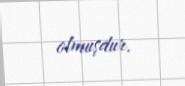
olmuşdur.